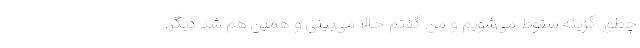
چطور گزینه سقوط می‌شویم و من گفتم حالا می‌بینی و همین هم شد دیگر.